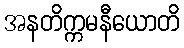
အနတိက္ကမနီယောတိ